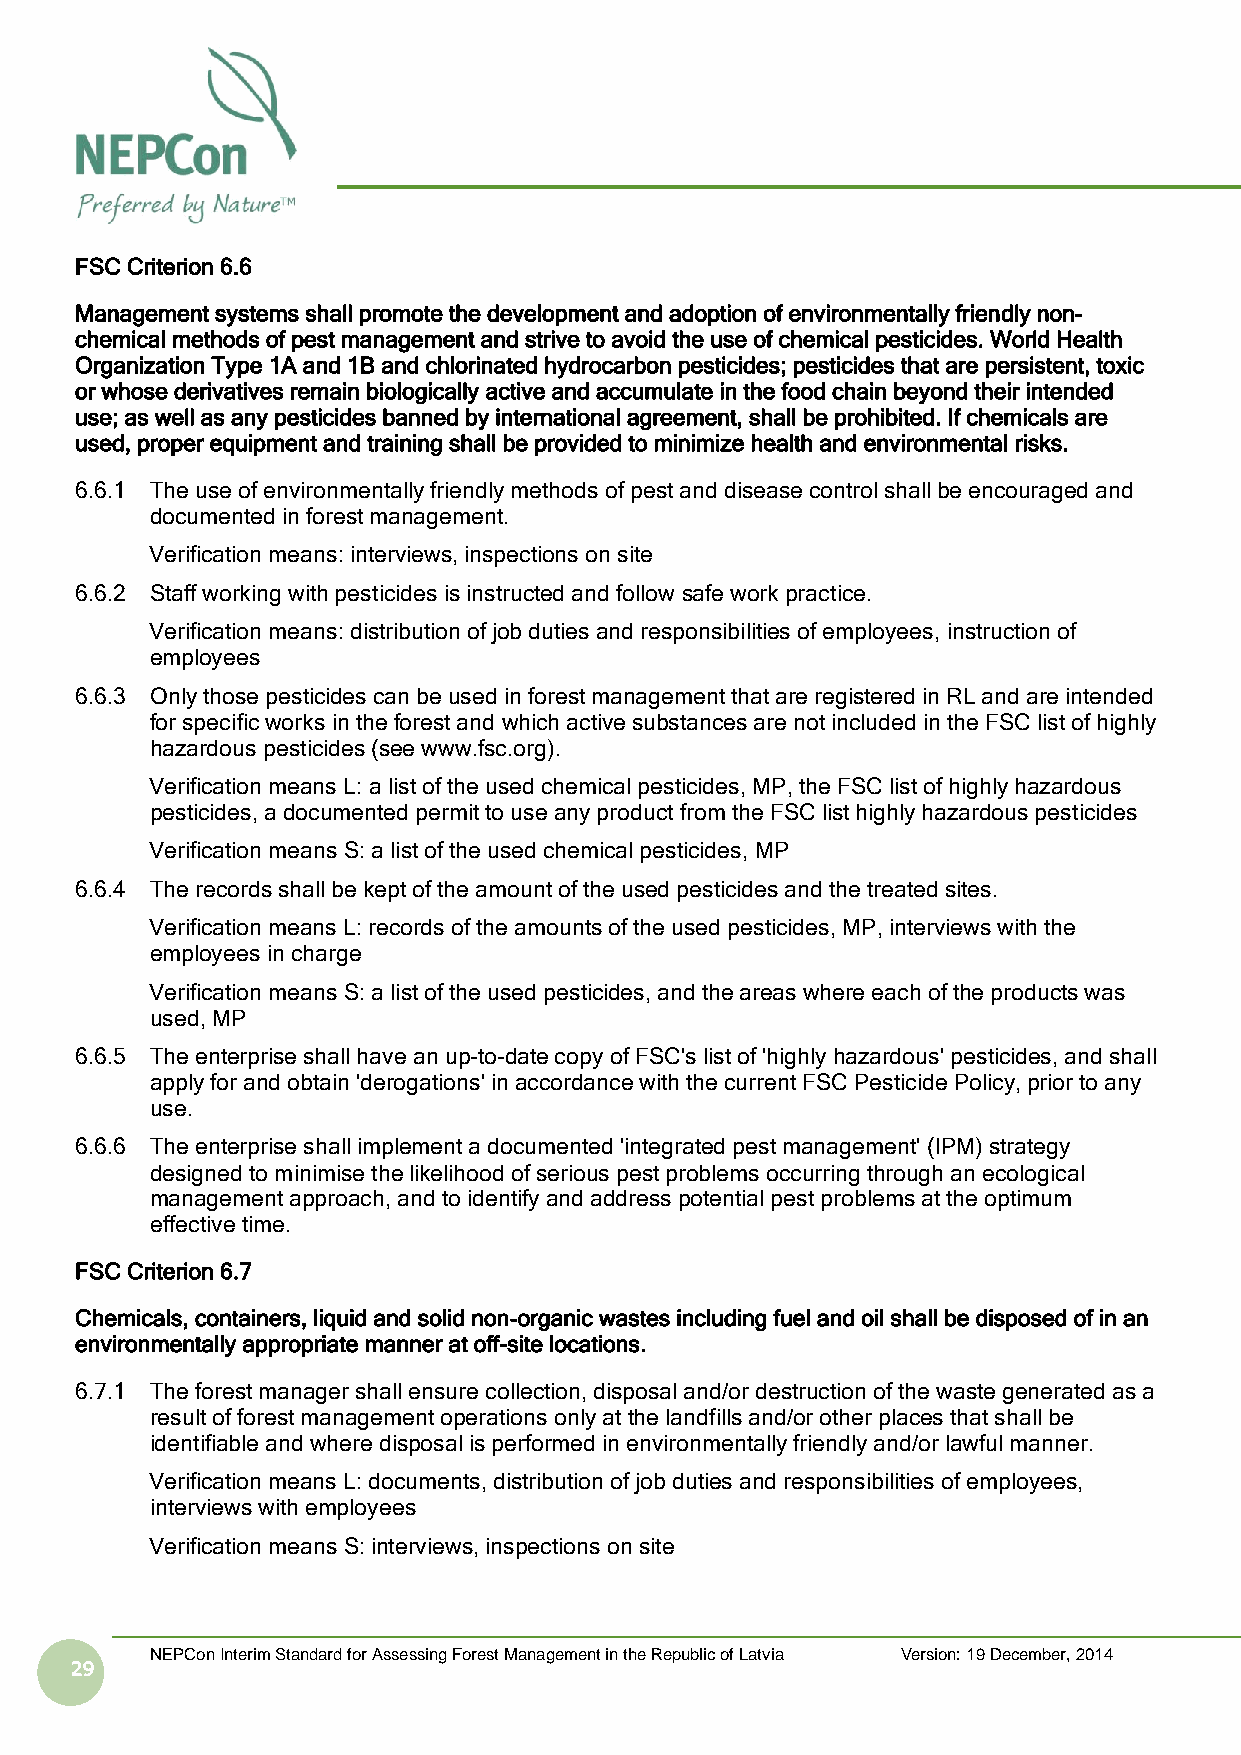
FSC Criterion 6.6
 Management systems shall promote the development and adoption of environmentally friendly non-
 chemical methods of pest management and strive to avoid the use of chemical pesticides. World Health
 Organization Type 1A and 1B and chlorinated hydrocarbon pesticides; pesticides that are persistent, toxic
 or whose derivatives remain biologically active and accumulate in the food chain beyond their intended
 use; as well as any pesticides banned by international agreement, shall be prohibited. If chemicals are
 used, proper equipment and training shall be provided to minimize health and environmental risks.
 6.6.1 The use of environmentally friendly methods of pest and disease control shall be encouraged and
 documented in forest management.
 Verification means: interviews, inspections on site
 6.6.2 Staff working with pesticides is instructed and follow safe work practice.
 Verification means: distribution of job duties and responsibilities of employees, instruction of
 employees
 6.6.3 Only those pesticides can be used in forest management that are registered in RL and are intended
 for specific works in the forest and which active substances are not included in the FSC list of highly
 hazardous pesticides (see www.fsc.org).
 Verification means L: a list of the used chemical pesticides, MP, the FSC list of highly hazardous
 pesticides, a documented permit to use any product from the FSC list highly hazardous pesticides
 Verification means S: a list of the used chemical pesticides, MP
 6.6.4 The records shall be kept of the amount of the used pesticides and the treated sites.
 Verification means L: records of the amounts of the used pesticides, MP, interviews with the
 employees in charge
 Verification means S: a list of the used pesticides, and the areas where each of the products was
 used, MP
 6.6.5 The enterprise shall have an up-to-date copy of FSC's list of 'highly hazardous' pesticides, and shall
 apply for and obtain 'derogations' in accordance with the current FSC Pesticide Policy, prior to any
 use.
 6.6.6 The enterprise shall implement a documented 'integrated pest management' (IPM) strategy
 designed to minimise the likelihood of serious pest problems occurring through an ecological
 management approach, and to identify and address potential pest problems at the optimum
 effective time.
 FSC Criterion 6.7
 Chemicals, containers, liquid and solid non-organic wastes including fuel and oil shall be disposed of in an
 environmentally appropriate manner at off-site locations.
 6.7.1 The forest manager shall ensure collection, disposal and/or destruction of the waste generated as a
 result of forest management operations only at the landfills and/or other places that shall be
 identifiable and where disposal is performed in environmentally friendly and/or lawful manner.
 Verification means L: documents, distribution of job duties and responsibilities of employees,
 interviews with employees
 Verification means S: interviews, inspections on site
 NEPCon Interim Standard for Assessing Forest Management in the Republic of Latvia Version: 19 December, 2014
 29